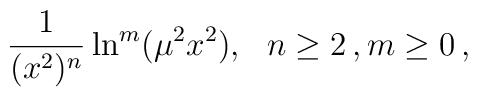
{1\over(x^2)^n}\ln^m(\mu^2x^2),~~n \geq 2\,, m\geq 0\,,